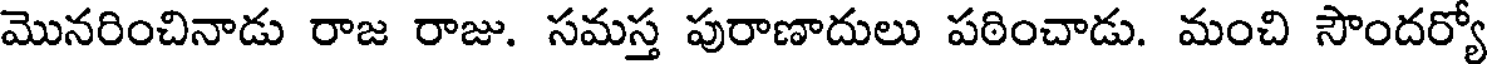
మొనరించినాడు రాజ రాజు. సమస్త పురాణాదులు పఠించాడు. మంచి సౌందర్యో